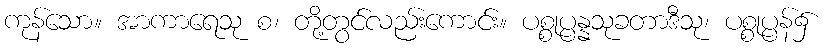
ကုန်သော။ အာကာရေသု စ၊ တို့တွင်လည်းကောင်း။ ပစ္စုပ္ပန္နသုခတာဒီသု၊ ပစ္စုပ္ပန်၌